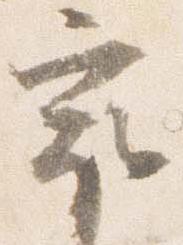
最